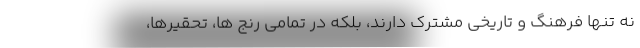
نه تنها فرهنگ و تاریخی مشترک دارند، بلکه در تمامی رنج ها، تحقیرها،